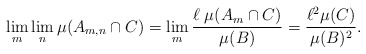
\begin{align*}\lim\limits_{m}\lim\limits_n \mu(A_{m,n}\cap C)=\lim\limits_{m}\frac{\ell\;\mu(A_m\cap C)}{\mu(B)}=\frac{\ell^2\mu(C)}{\mu(B)^2}. \end{align*}